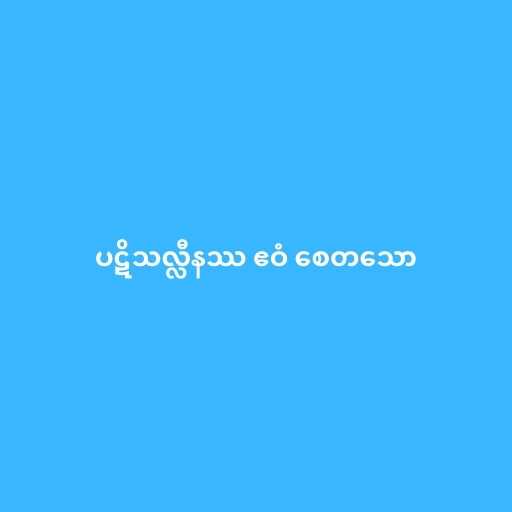
ပဋိသလ္လီနဿ ဧဝံ စေတသော